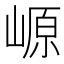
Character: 㟲